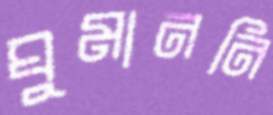
ঘুমাননি